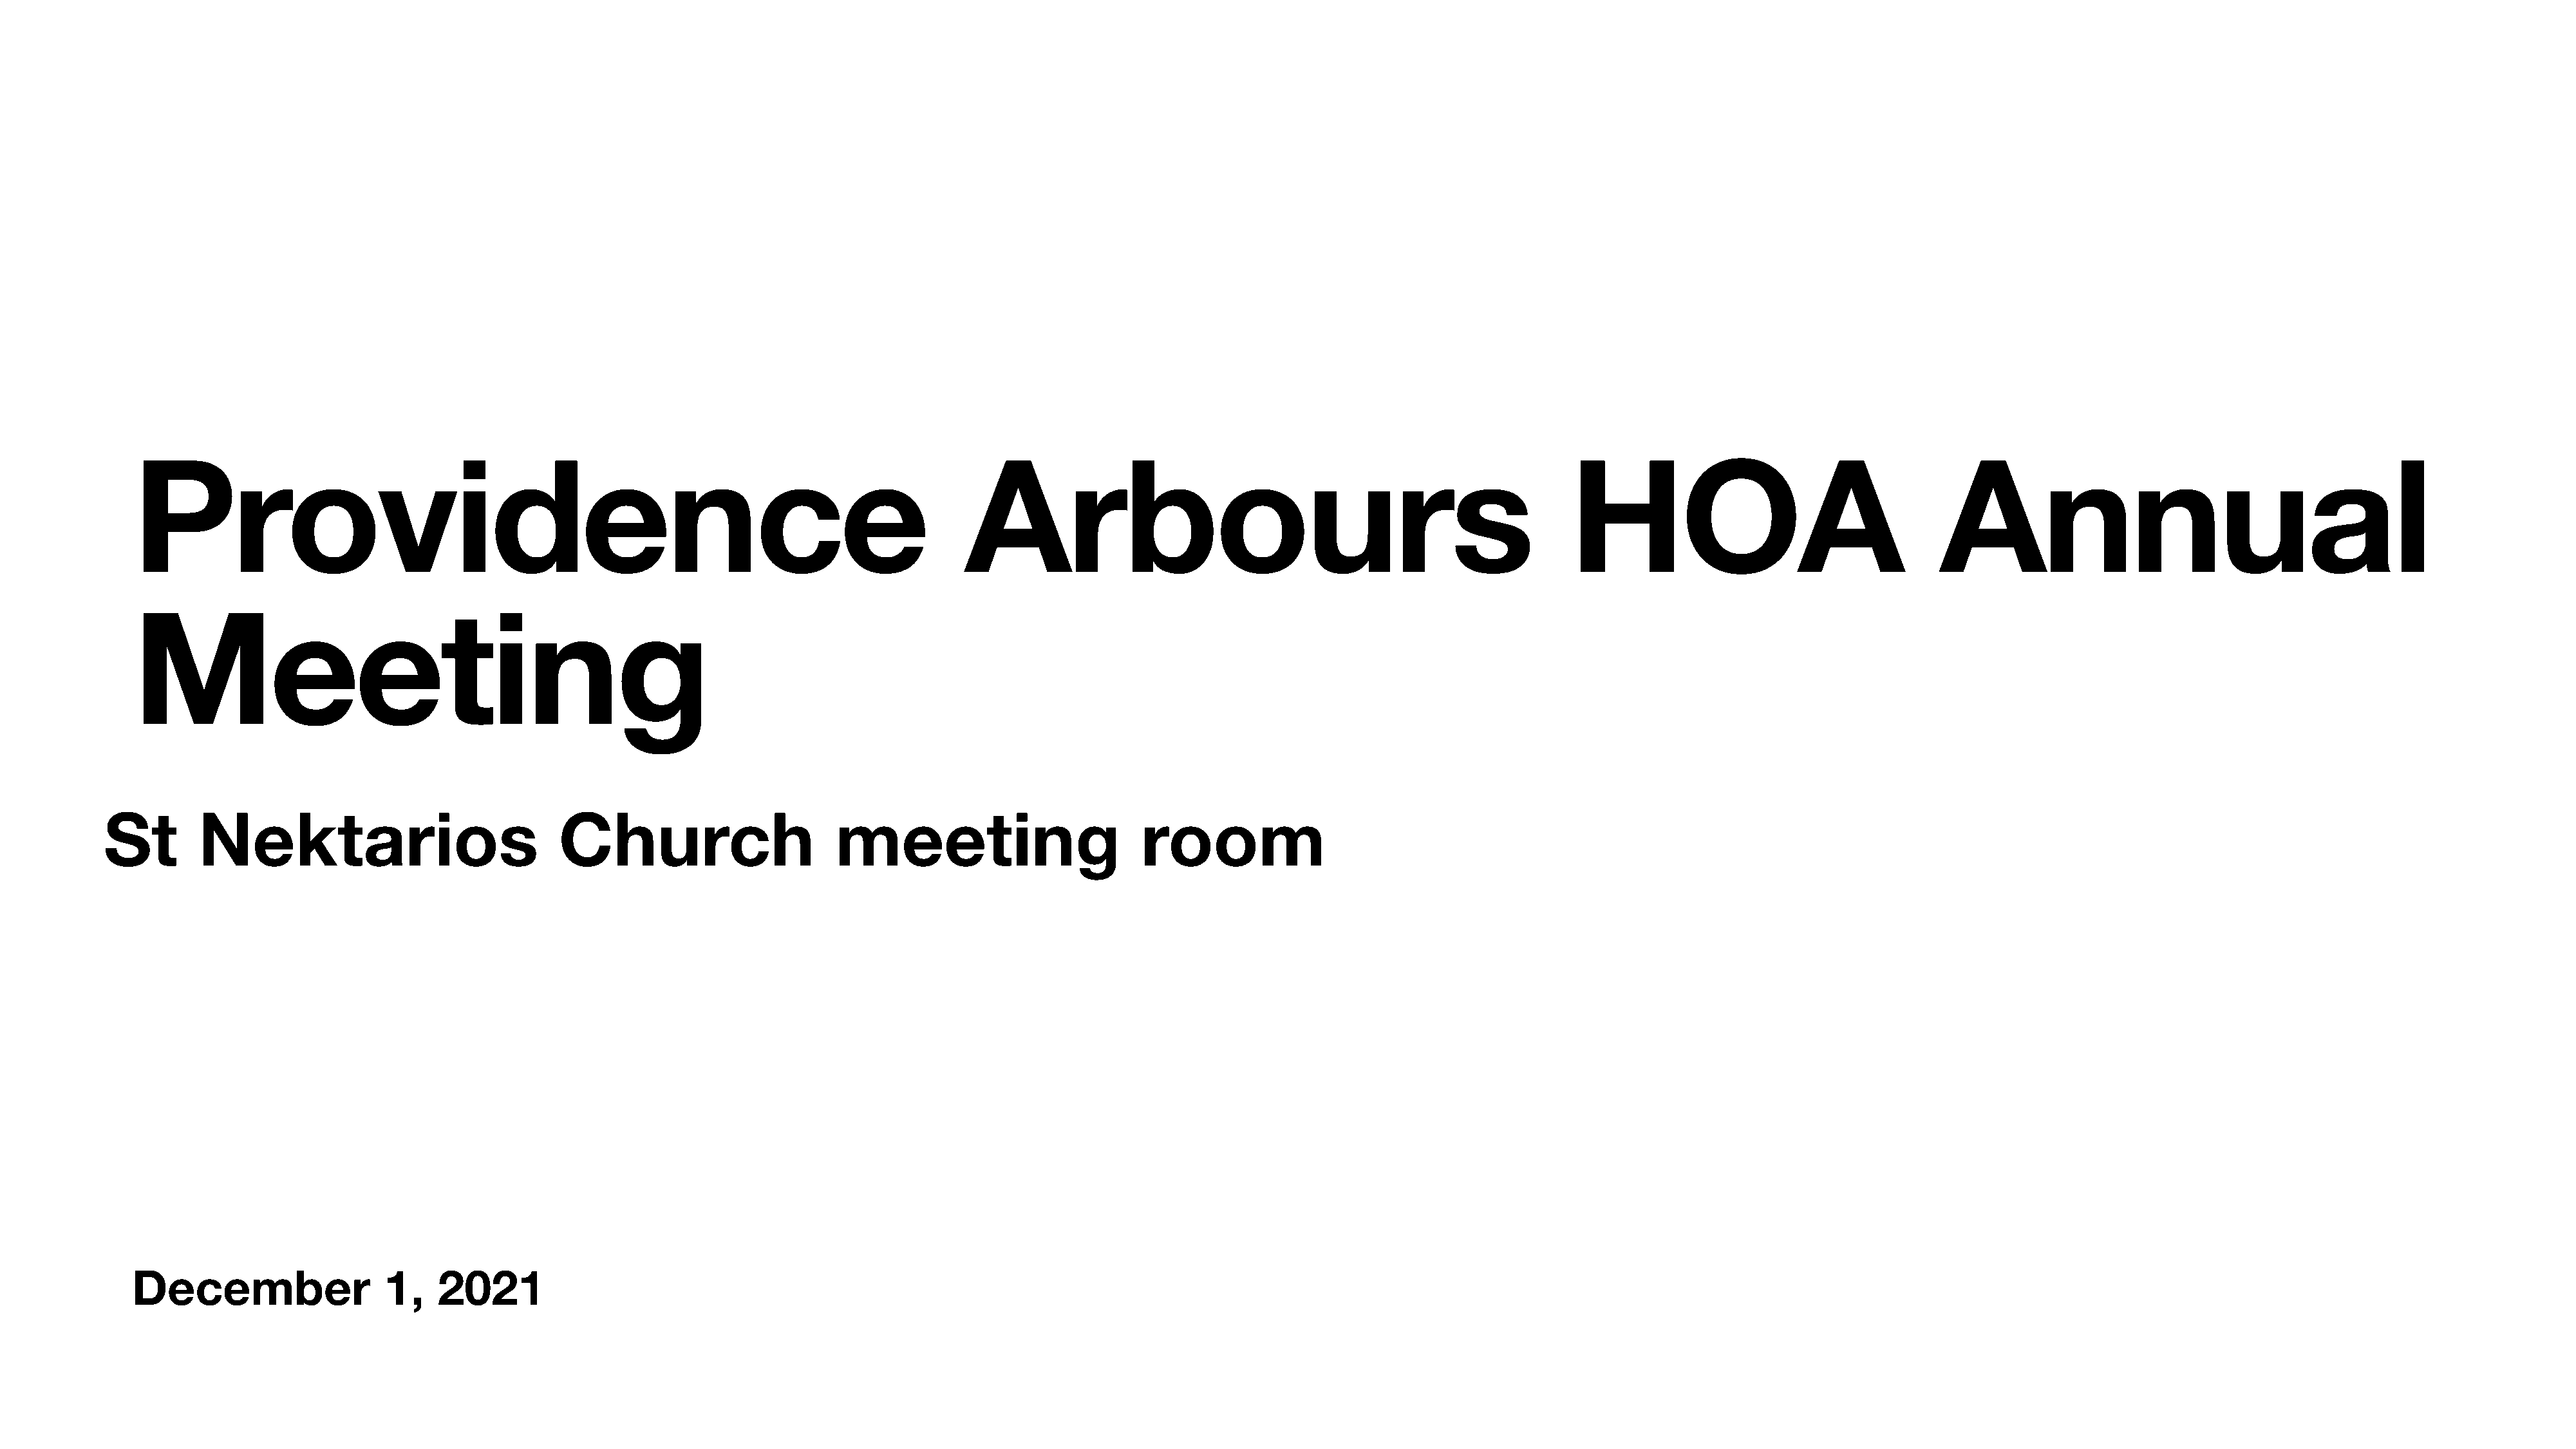
Providence                                                                           Arbours                                                       HOA                                   Annual
 Meeting
 St       Nektarios                            Church                       meeting                        room
 December                 1,    2021